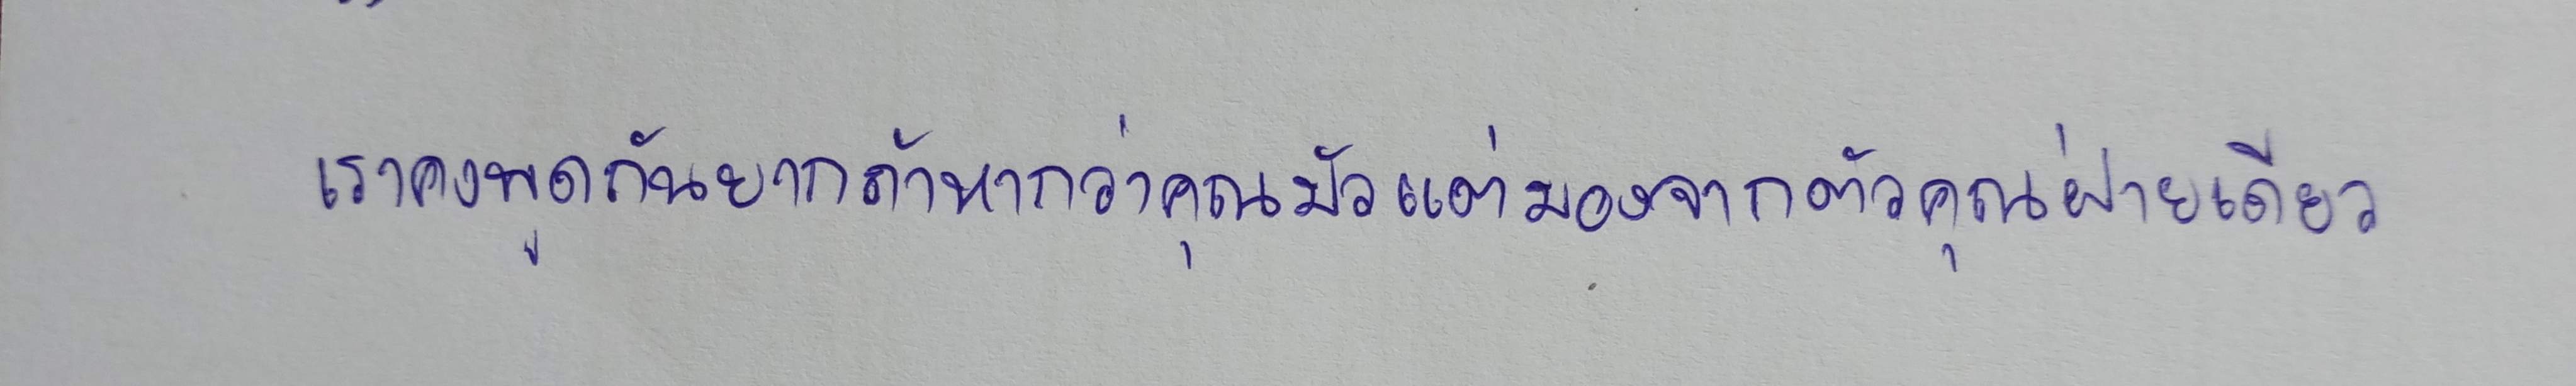
เราคงพูดกันยากถ้าหากว่าคุณมัวแต่มองจากตัวคุณฝ่ายเดียว